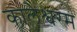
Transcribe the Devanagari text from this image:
कालेश्वरम